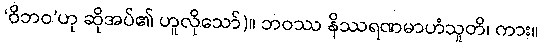
‘ဝိဘဝ’ဟု ဆိုအပ်၏ ဟူလိုသော်)။ ဘဝဿ နိဿရဏမာဟံသူတိ၊ ကား။